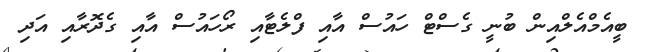
ބީއެމްއެލްއިން ބުނީ ގެސްޓް ހައުސް އާއި ފްލެޓާއި ރޯހައުސް އާއި ގެދޮރާއި އަދި